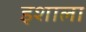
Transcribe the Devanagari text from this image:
इशाला